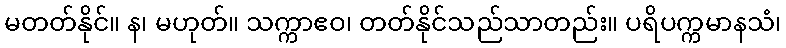
မတတ်နိုင်။ န၊ မဟုတ်။ သက္ကာဧဝ၊ တတ်နိုင်သည်သာတည်း။ ပရိပက္ကမာနသံ၊